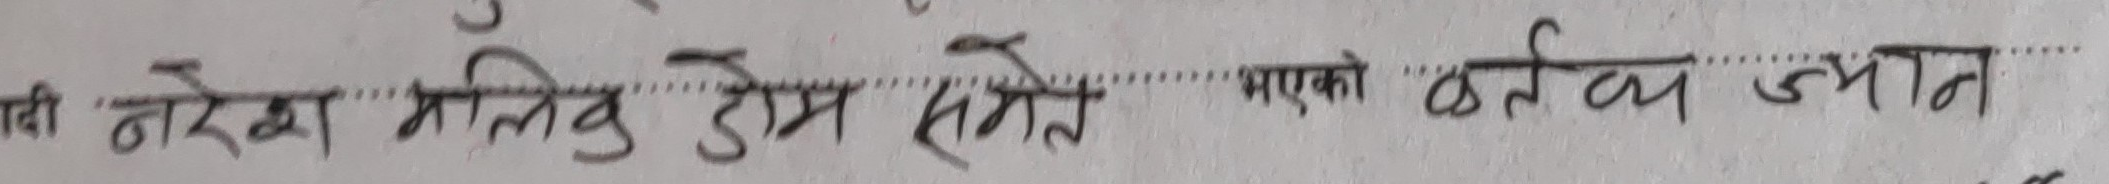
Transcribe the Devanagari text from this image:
नरी नरेश मलिक डोम समेत भएको कर्तव्य ज्यान